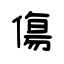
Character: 傷